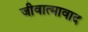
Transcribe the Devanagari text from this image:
जीवात्मावाद